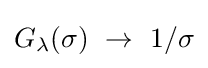
G_{\lambda }(\sigma )~\rightarrow ~1/\sigma